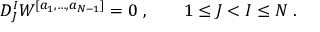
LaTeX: D _ { J } ^ { I } W ^ { [ a _ { 1 } , \ldots , a _ { N - 1 } ] } = 0 \; , \qquad 1 \leq J < I \leq N \; .